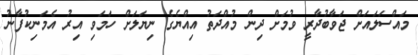
މައްސަލައަށް ޖަވާބުދާރީ ވުމަށް ދިން މުއްދަތު އިއްޔެގެ ނިޔަލަށް ހަމަވި އިރު އެމަނިކުފާނު